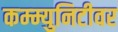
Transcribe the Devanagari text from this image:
कम्म्युनिटीवर